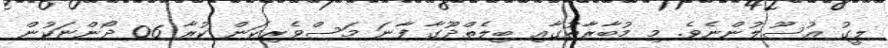
ލީގު އުސޫލުންނެވެ. މި މުބާރާތުގާއި ބިލެތްދޫގާ ފާނަ މަސްވެރިކަން ކުރާ 06 ދޯންޏަކުން